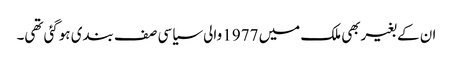
ان کے بغیربھی ملک میں 1977 والی سیاسی صف بندی ہوگئی تھی۔